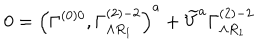
0 = \left( \Gamma _ { } ^ { \left( 0 \right) 0 } , \Gamma _ { \Lambda R _ { 1 } } ^ { \left( 2 \right) - 2 } \right) ^ { a } + \widetilde { V } ^ { a } \Gamma _ { \Lambda R _ { 1 } } ^ { \left( 2 \right) - 2 }